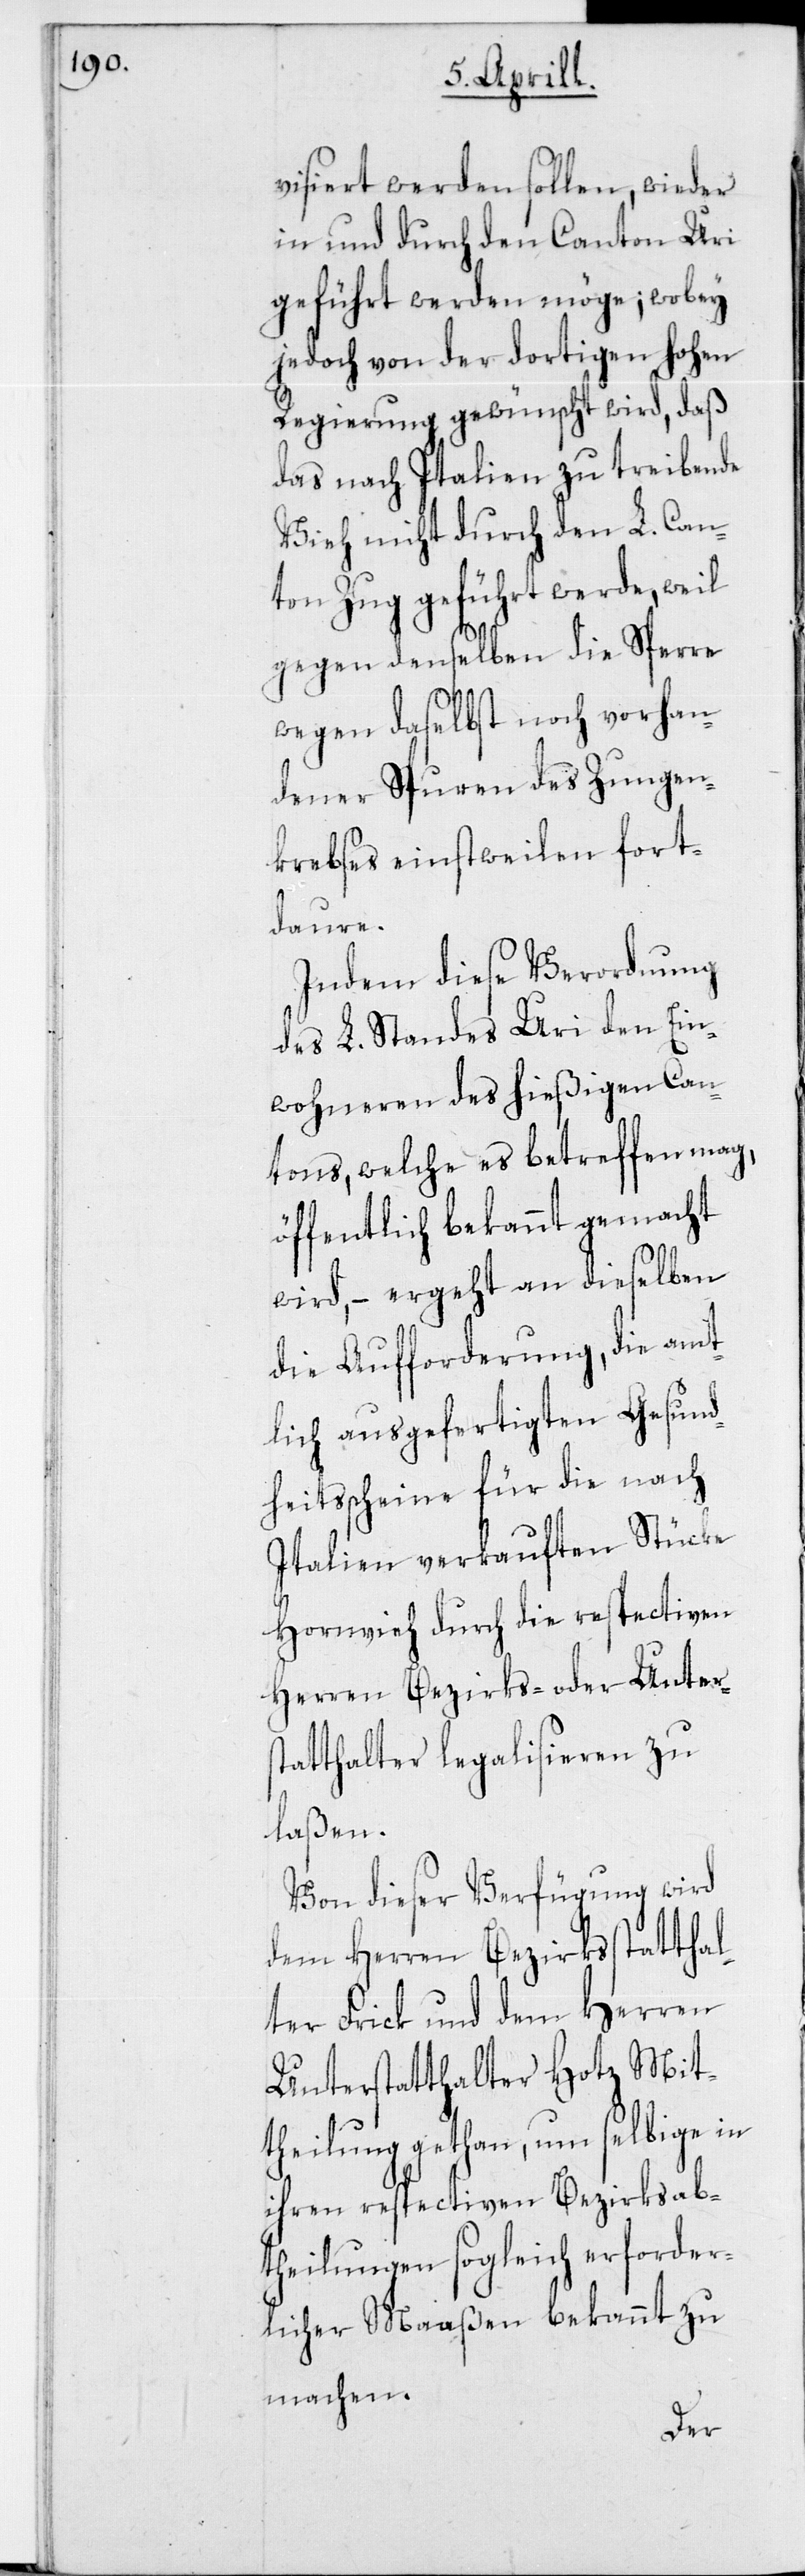
visiert werden sollen, wieder
in und durch den Canton Uri
geführt werden möge; wobey
jedoch von der dortigen hohen
Regierung gewünscht wird, daß
das nach Italien zu treibende
Vieh nicht durch den L. Can¬
ton Zug geführt werde, weil
gegen denselben die Sperre
wegen daselbst noch vorhan¬
dener Spuren des Zungen¬
krebses einstweilen fort¬
daure.
Indem diese Verordnung
des L. Standes Uri den Ein¬
wohneren des hießigen Can¬
tons, welche es betreffen mag,
öffentlich bekannt gemacht
wird, – ergeht an dieselben
die Aufforderung, die amt¬
lich ausgefertigten Gesund¬
heitsscheine für die nach
Italien verkauften Stücke
Hornvieh durch die respectiven
Herren Bezirks- oder Unters¬
tatthalter legalisieren zu
laßen.
Von dieser Verfügung wird
dem Herren Bezirksstatthal¬
ter Frick und dem Herren
Unterstatthalter Hotz Mit¬
theilung gethan, um selbige in
ihren respectiven Bezirksab¬
theilungen sogleich erforder¬
licher Maaßen bekannt zu
machen.